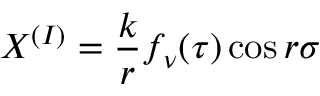
X ^ { ( I ) } = { \displaystyle \frac { k } { r } f _ { \nu } ( \tau ) \cos r \sigma }